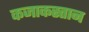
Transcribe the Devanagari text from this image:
कजाकस्तान